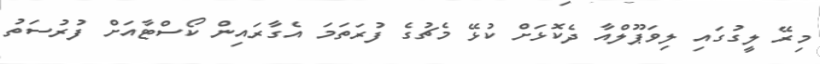
މިރޭ ލީގުގައި ލިވަޕޫލްއާ ދެކޮޅަށް ކުޅޭ މެޗުގެ ފުރަތަމަ އެގާރައިން ކޯސްޓާއަށް ފުރުސަތު